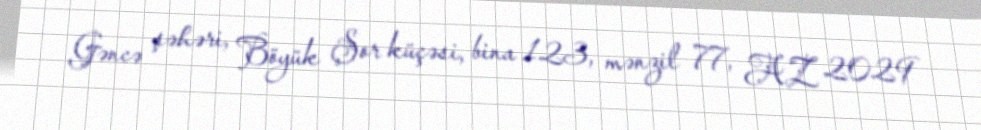
Gəncə şəhəri, Böyük Şor küçəsi, bina 123, mənzil 77, AZ 2029